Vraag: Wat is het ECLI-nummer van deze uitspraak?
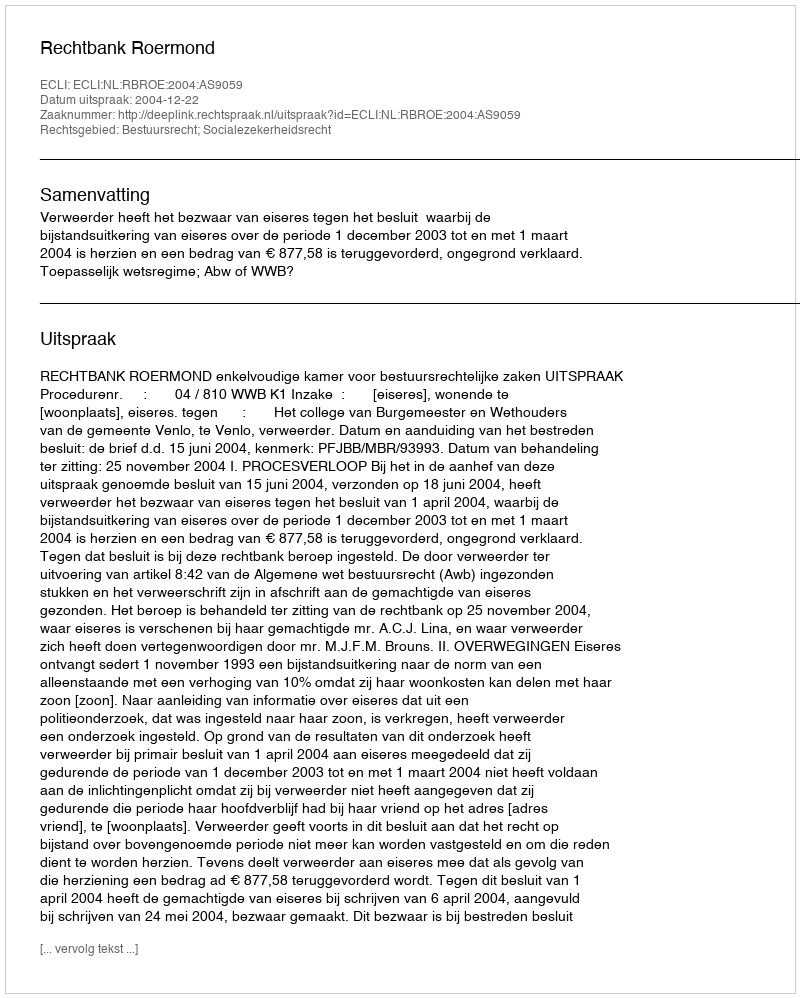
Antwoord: ECLI:NL:RBROE:2004:AS9059